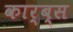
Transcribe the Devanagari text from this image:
कार्ब्स